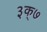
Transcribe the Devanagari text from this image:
३क्७